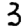
Digit: 3